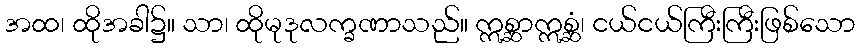
အထ၊ ထိုအခါ၌။ သာ၊ ထိုမုဒုလက္ခဏာသည်။ ဣစ္ဆာဣစ္ဆံ၊ ငယ်ငယ်ကြီးကြီးဖြစ်သော